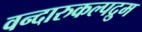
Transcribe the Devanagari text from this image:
वन्दारुकल्पद्रुम